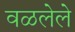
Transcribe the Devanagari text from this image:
वळलेले